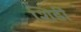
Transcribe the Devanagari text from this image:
शिडीं